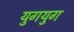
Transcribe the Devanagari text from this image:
युगयुग